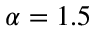
\alpha = 1 . 5